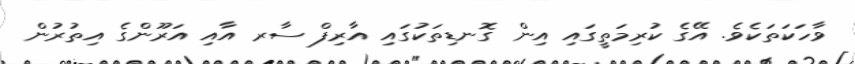
ވާހަކަތަކެވެ. އޭގެ ކުރިމަތީގައި އިން ގޮނޑިތަކުގައި އާރިފް ސާރ އާއި އަރޫންގެ އިތުރުން